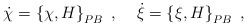
\begin{align*}{\dot \chi}=\left\{\chi, H \right\}_{PB}\;, \;\;\;\;{\dot \xi}=\left\{ \xi, H\right\}_{PB}\;,\end{align*}